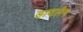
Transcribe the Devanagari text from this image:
डायलेन